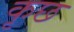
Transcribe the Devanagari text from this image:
कृछ